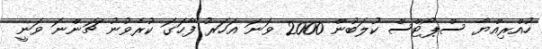
ހުއްރިއްޔާ ސްޕޯޓްސް ކުލަބުން 2000 ވަނަ އަހަރު ފާހަގަ ކުރެވުނު ޗަންނަ ވަނީ